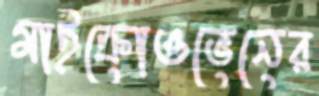
মাইক্রোওভেনের